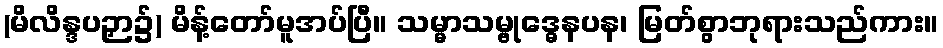
(မိလိန္ဒပဉှာ၌) မိန့်တော်မူအပ်ပြီ။ သမ္မာသမ္ဗုဒ္ဓေနပန၊ မြတ်စွာဘုရားသည်ကား။